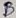
Text: B